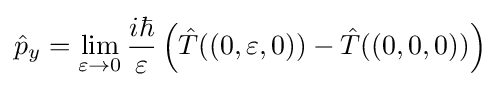
{\hat {p}}_{y}=\lim _{\varepsilon \to 0}{\frac {i\hbar }{\varepsilon }}\left({\hat {T}}((0,\varepsilon ,0))-{\hat {T}}((0,0,0))\right)